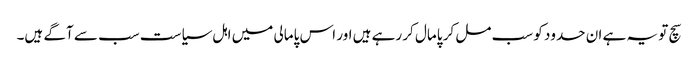
سچ تو یہ ہے ان حدود کو سب مل کر پامال کر رہے ہیں اور اس پامالی میں اہل سیاست سب سے آگے ہیں۔